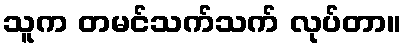
သူက တမင်သက်သက် လုပ်တာ။